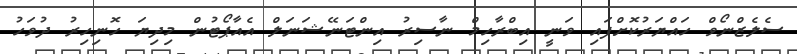
ސެލެޒްނޯވް ހައްޔަރުކޮށްފައި ވަނީ އިބްރާހިމް ނާސިރު އިންޓަނޭޝަނަލް އެއާޕޯޓުން މިދިޔަ ހޮނިހިރު ދުވަހު